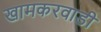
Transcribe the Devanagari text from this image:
खामकरवाडी